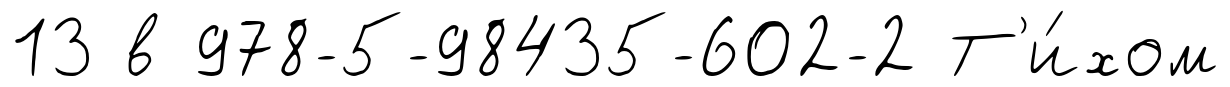
13 в 978-5-98435-602-2 Т'и́хом